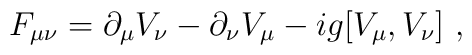
F_{\mu\nu}=\partial_\mu V_\nu-\partial_\nu V_\mu             - i g [ V_\mu ,V_\nu ] \ ,